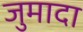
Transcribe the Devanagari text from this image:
जुमादा